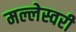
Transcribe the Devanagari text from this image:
मल्लेस्वरी